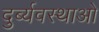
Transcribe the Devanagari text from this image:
दुर्ब्यवस्थाओ